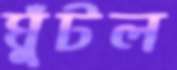
ঘুঁটল